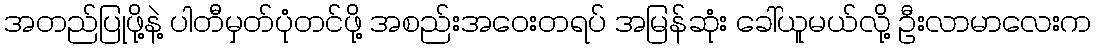
အတည်ပြုဖို့နဲ့ ပါတီမှတ်ပုံတင်ဖို့ အစည်းအဝေးတရပ် အမြန်ဆုံး ခေါ်ယူမယ်လို့ ဦးလာမာလေးက